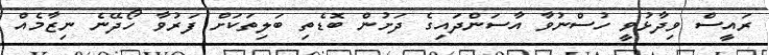
ރައީސް ވިދާޅުވީ ހުސްނުވާ އާސަންދައިގެ ދަށުން ބޮޑެތި ބަލިތަކަށް ފަރުވާ ހޯދޭނެ ނިޒާމެއް